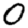
Digit: 0